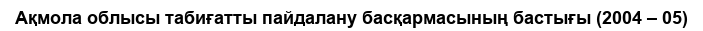
Ақмола облысы табиғатты пайдалану басқармасының бастығы (2004 – 05)